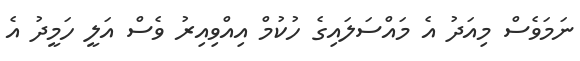
ނަމަވެސް މިއަދު އެ މައްސަލައިގެ ހުކުމް އިއްވިއިރު ވެސް އަލީ ހަމީދު އެ